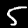
Label: 5